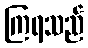
ကြရသည်